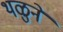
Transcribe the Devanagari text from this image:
थळुने